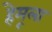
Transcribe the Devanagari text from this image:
हेमूला